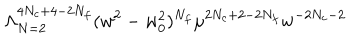
\Lambda _ { N = 2 } ^ { 4 N _ { c } + 4 - 2 N _ { f } } ( w ^ { 2 } - w _ { 0 } ^ { 2 } ) ^ { N _ { f } } \mu ^ { 2 N _ { c } + 2 - 2 N _ { f } } w ^ { - 2 N _ { c } - 2 }